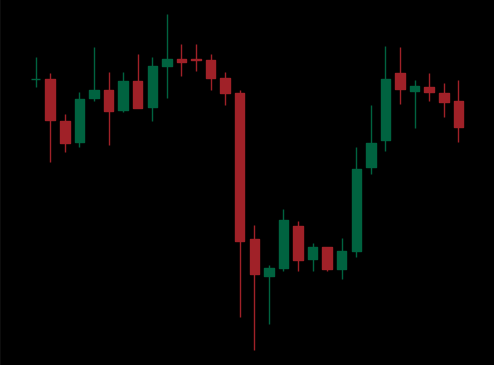
Pattern: unclassified